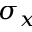
\sigma _ { x }